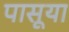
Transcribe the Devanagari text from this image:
पासूया